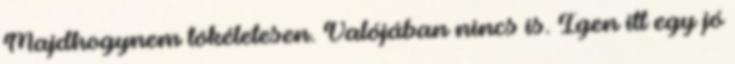
Majdhogynem tökéletesen. Valójában nincs is. Igen itt egy jó